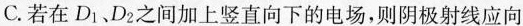
C.若在D_{1}、D_{2}之间加上竖直向下的电场，则阴极射线应向